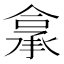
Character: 𮰂